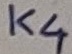
Text: K4